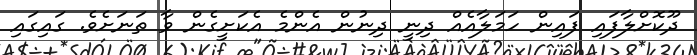
ދޫކޮށްލާފައި ފައިން ހަމަލާއެއް ދިނީ ދިނުން އެންމެ އެކަށީގެން ވާ ތަނަށެވެ. ގައިގައި